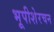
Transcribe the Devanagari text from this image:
भूपीशेरचन